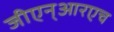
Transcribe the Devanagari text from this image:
जीएन्‌आरएच